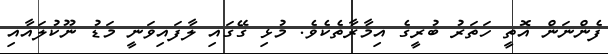
ފެންނަން އޮތީ ހަތަރު ބުރީގެ އިމާރާތެކެވެ. މުޅި ގޭގައި ލާފައިވަނީ މަޑު ނޫކުލައާއި